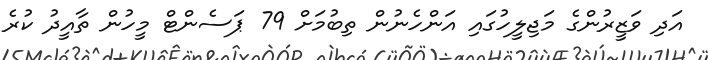
އަދި ވަޒީރުންގެ މަޖިލީހުގައި އަންހެނުން ތިބުމަށް 79 ޕަސެންޓް މީހުން ތާއީދު ކުރެ